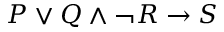
P \vee Q \wedge { \neg R } \rightarrow S